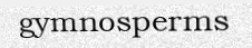
gymnosperms